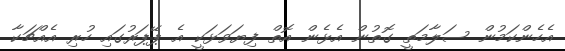
އެހެންކަމުން ސަލާމަތީ ގޮތުން އެޅެން އޮތް ފިޔަވަޅަކީ އެ ޕޭޕަރުގައި ހުރި އެއްޗަކާ